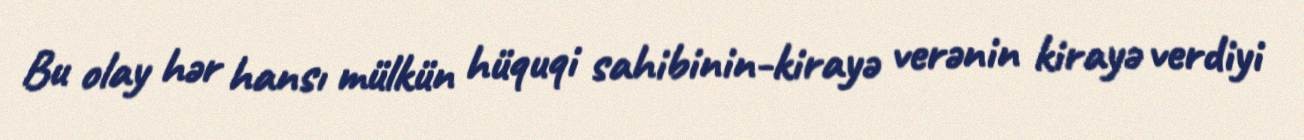
Bu olay hər hansı mülkün hüquqi sahibinin-kirayə verənin kirayə verdiyi